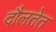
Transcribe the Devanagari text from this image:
दौलतेत